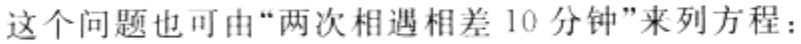
这个问题也可由“两次相遇相差 10 分钟”来列方程：